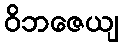
ဝိဘဇေယျ